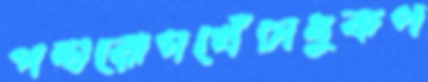
পশুরোগখেঁচাধুকপ